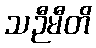
သဉီမီတိ